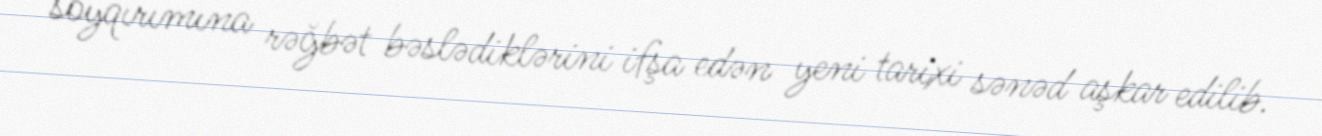
soyqırımına rəğbət bəslədiklərini ifşa edən yeni tarixi sənəd aşkar edilib.